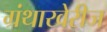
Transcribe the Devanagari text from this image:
ग्रंथाखेरीज